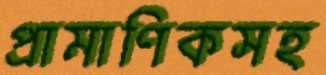
প্রামাণিকসহ